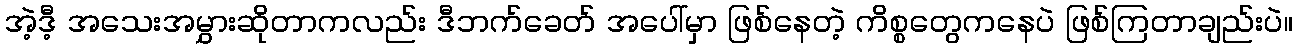
အဲ့ဒီ့ အသေးအမွှားဆိုတာကလည်း ဒီဘက်ခေတ် အပေါ်မှာ ဖြစ်နေတဲ့ ကိစ္စတွေကနေပဲ ဖြစ်ကြတာချည်းပဲ။